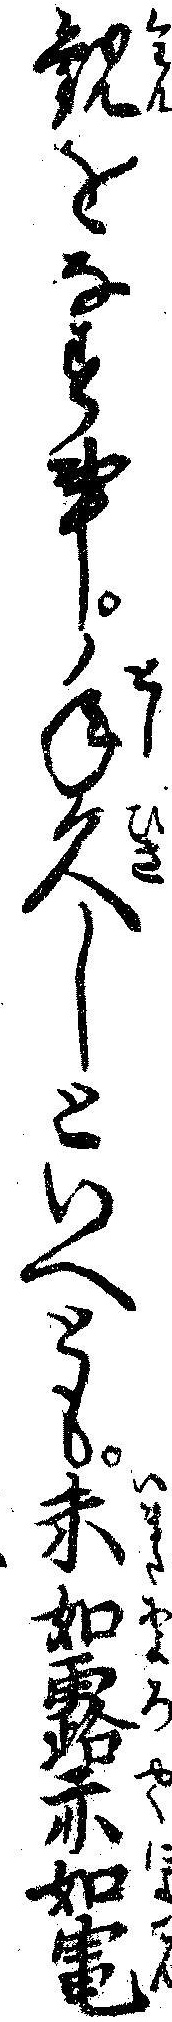
観をなす事年久しといへとも未如露亦如電